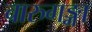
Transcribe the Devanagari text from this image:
चारुगङ्गा